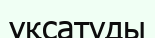
ұқсатуды